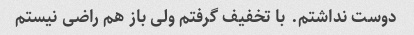
دوست نداشتم. با تخفیف گرفتم ولی باز هم راضی نیستم